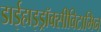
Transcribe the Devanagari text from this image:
डाईहाइड्रॉक्सीविटामिन